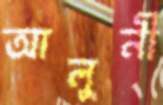
আলুনী